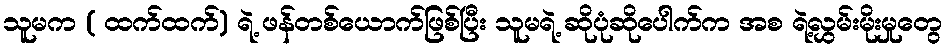
သူမက ( ထက်ထက်) ရဲ့ ဖန်တစ်ယောက်ဖြစ်ပြီး သူမရဲ့ ဆိုပုံဆိုပေါက်က အစ ရဲ့လွှမ်းမိုးမှုတွေ